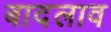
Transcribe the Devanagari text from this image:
बादलाव